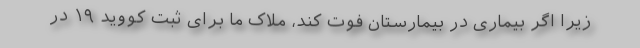
زیرا اگر بیماری در بیمارستان فوت کند، ملاک ما برای ثبت کووید ۱۹ در